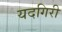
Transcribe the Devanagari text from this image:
यदगिरी